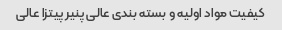
کیفیت مواد اولیه و بسته بندی عالی پنیر پیتزا عالی